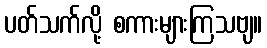
ပတ်သက်လို့ စကားများကြသဗျ။